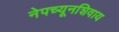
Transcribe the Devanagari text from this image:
नेपच्यूनशिवाय